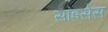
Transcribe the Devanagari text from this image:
सांइसेस